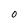
Character: O